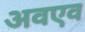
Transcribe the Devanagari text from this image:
अवएव